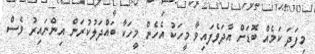
މިފަދަ ކަމެއް ބޮޑަށް އާދަވެފައިވާ މީހަކު އެހެން މީހަކާ ބައްދަލުކުރަން އިންނައިރު ވެސް